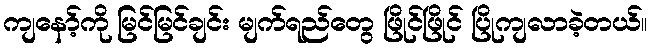
ကျနော့်ကို မြင်မြင်ချင်း မျက်ရည်တွေ ဖြိုင်ဖြိုင် ပြိုကျလာခဲ့တယ်။